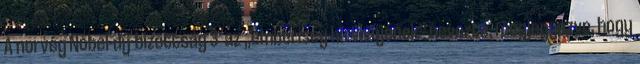
A norvég Nobel-díj-bizottság 3 az „emberiség hírvivőjének” nevezte, megjegyezve, hogy